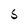
Character: S